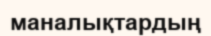
маналықтардың